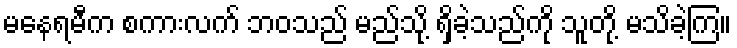
မနေရမီက စကားလက် ဘဝသည် မည်သို့ ရှိခဲ့သည်ကို သူတို့ မသိခဲ့ကြ။